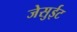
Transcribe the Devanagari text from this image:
जेसुईट